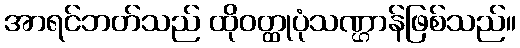
အာရင်ဘတ်သည် ထိုဝတ္ထုပုံသဏ္ဌာန်ဖြစ်သည်။